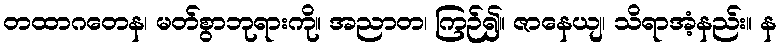
တထာဂတေန၊ မတ်စွာဘုရားကို။ အညာတ၊ ကြဉ်၍။ ဇာနေယျ၊ သိရာအံ့နည်း။ န